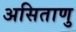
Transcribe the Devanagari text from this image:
असिताणु